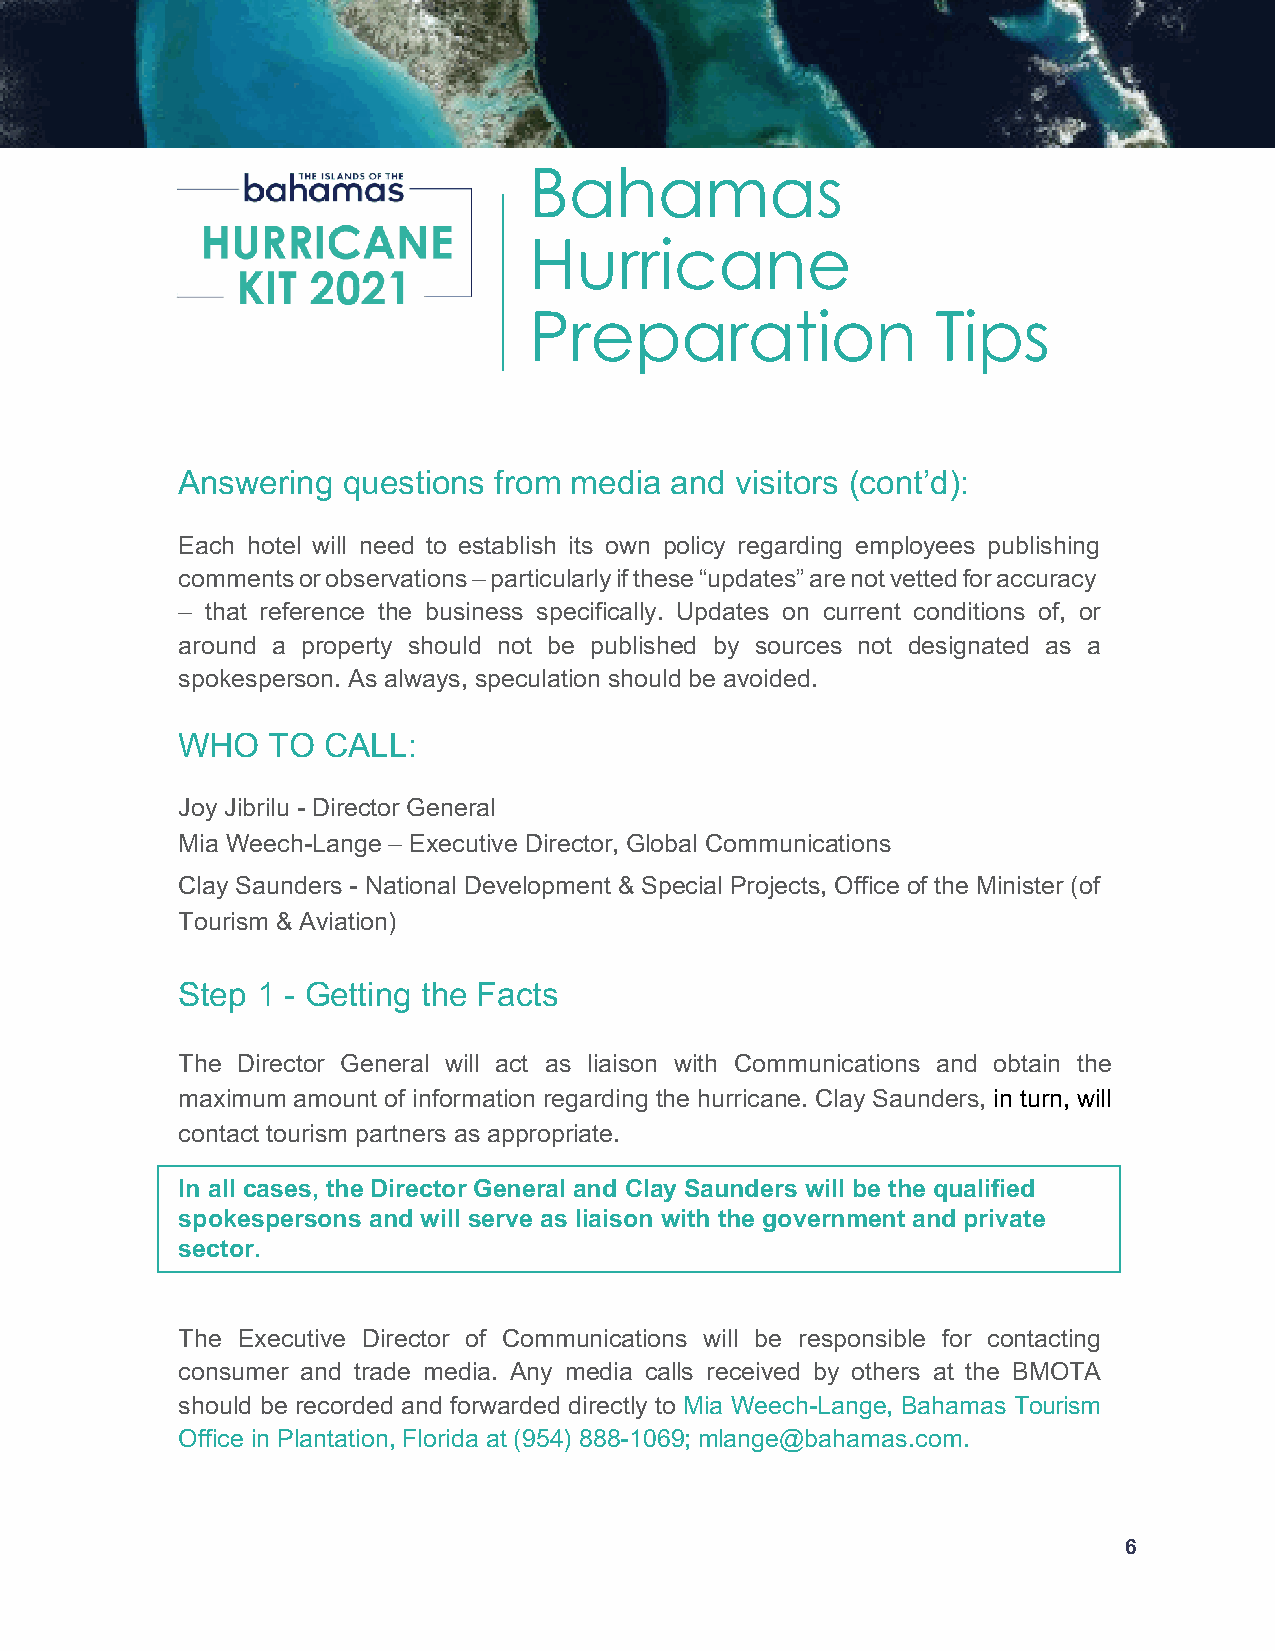
Bahamas
 Hurricane
 Preparation                Tips
 Answering  questions from media and  visitors (cont’d):
 Each hotel will need to establish its own policy regarding employees publishing
 comments or observations – particularly if these “updates” are not vetted for accuracy
 – that reference the business specifically. Updates on current conditions of, or
 around a property should not be published by sources not designated as a
 spokesperson. As always, speculation should be avoided.
 WHO   TO  CALL:
 Joy Jibrilu - Director General
 Mia Weech-Lange – Executive Director, Global Communications
 Clay Saunders - National Development & Special Projects, Office of the Minister (of
 Tourism & Aviation)
 Step 1 - Getting the Facts
 The Director General will act as liaison with Communications and obtain the
 maximum amount of information regarding the hurricane. Clay Saunders, in turn, will
 contact tourism partners as appropriate.
 In all cases, the Director General and Clay Saunders will be the qualified
 spokespersons and will serve as liaison with the government and private
 sector.
 The Executive Director of Communications will be responsible for contacting
 consumer and trade media. Any media calls received by others at the BMOTA
 should be recorded and forwarded directly to Mia Weech-Lange, Bahamas Tourism
 Office in Plantation, Florida at (954) 888-1069; mlange@bahamas.com.
 6